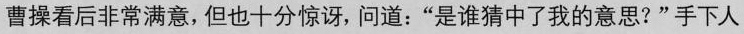
曹操看后非常满意，但也十分惊讶，问道：“是谁猜中了我的意思?”手下人